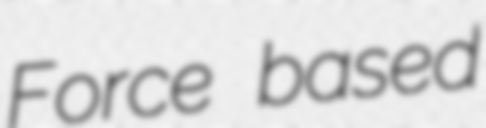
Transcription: Force based